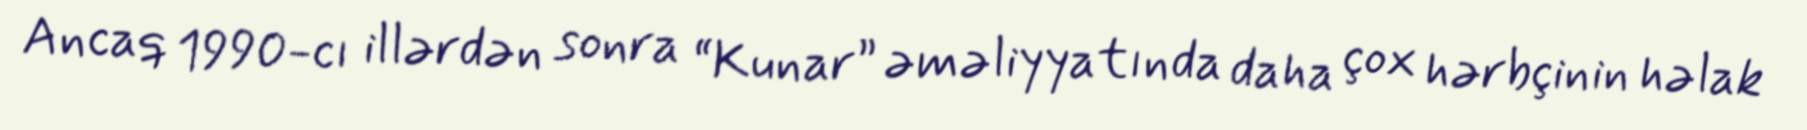
Ancaq 1990-cı illərdən sonra “Kunar” əməliyyatında daha çox hərbçinin həlak